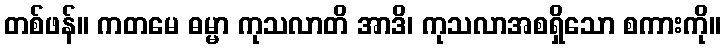
တစ်ဖန်။ ကတမေ ဓမ္မာ ကုသလာတိ အာဒိ၊ ကုသလာအစရှိသော စကားကို။